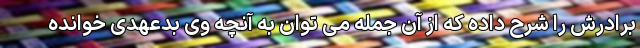
برادرش را شرح داده که از آن جمله می توان به آنچه وی بدعهدی خوانده